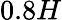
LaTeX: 0.8H